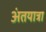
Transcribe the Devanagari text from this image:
अंतयात्रा